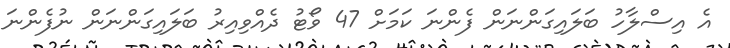
އެ އިސްލާހު ބަލައިގަންނަން ފެންނަ ކަމަށް 47 ވޯޓު ދެއްވިއިރު ބަލައިގަންނަން ނުފެންނަ